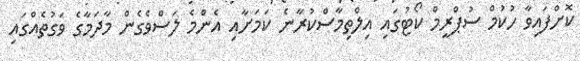
ކޮށްފައިވާ ހުކުމް ސުޕްރީމް ކޯޓުގައި އިލްތިމާސްކުރާނެ ކަމަށާއި އެންމެ ލަސްވެގެން މާދަމާގެ ވަގުތެއްގައި